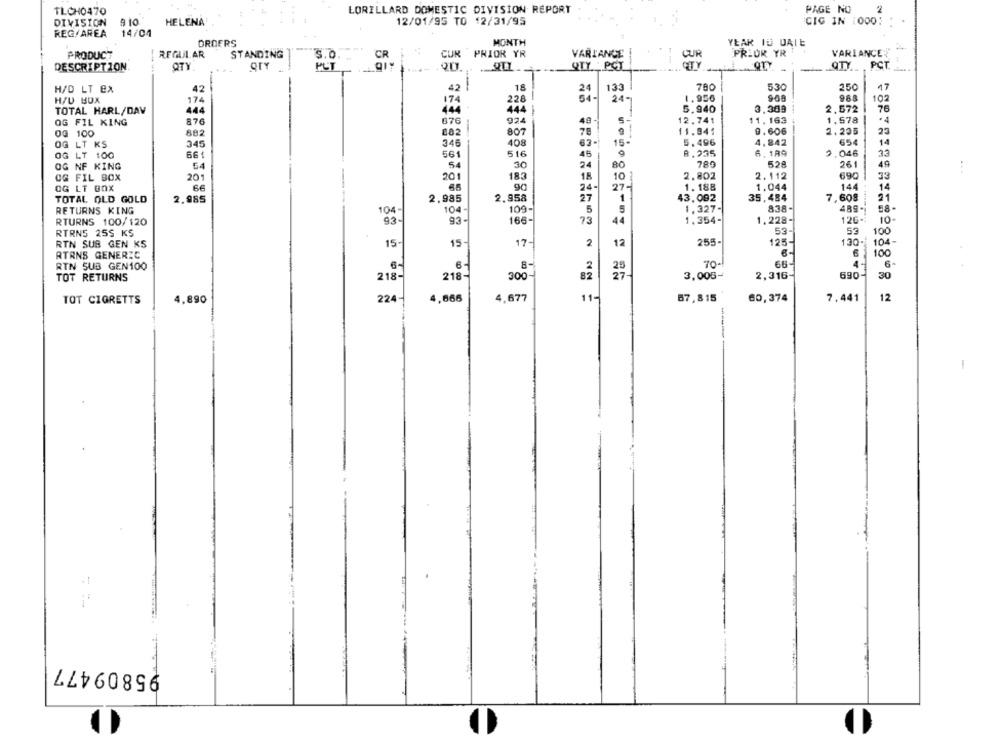
TLCH0470
LORILLARD DOMESTIC DIVISION REPORT
PAGE NO
2
DIVISION
910
HELENA
12/01/95 TO 12/31/95
CIG IN [000:
REG/AREA
14/04
ORDERS
MONTH
YEAR ID UALE
CUR PRIOR YR
VARIANCE
PRIOR YR
VARIANCE
PRODUCT
REGULAR
STANDING
3.0.
CUR
DESCRIPTION
QTY
OTY
QTY : PCT
---
CITY
OTY
PCT
H/D LT EX
42
18
24
133
780
5.30
250
17
54-
1.956
968
H/U BUX
174
228
24 -
102
TOTAL HARL/DAV
444
444
5.940
3.309
2.572
76
676
924
5
12,741
1,578
*4
OG FIL KING
876
40
11,163
OG 100
882
882
807
78
11.941
9.606
2.235
23
408
15-
5.496
4.842
654
14
OG LT KS
345
345
63-
OG LT 100
661
561
516
45
9
8.235
6.189
.046
33
5.4
54
30
789
528
261
49
OG NF KING
24
80
OG FIL BOX
201
201
183
18
10
2.802
2.112
690
33
OG LT BOX
66
90
144
14
24
27-
1.188
1.044
TOTAL OLD GOLD
2.985
2.985
2.958
27
43,092
35,484
7,608
21
104 -
109-
1,327-
838-
489-
RETURNS KING
104
5
RTURNS 100/120
93
93.
166-
73
1.354-
1.228-
126-
10-
53-
53
100
RTRNS 255 KS
RTN SUB GEN KS
15-
15-
17-
2
12
255-
125-
130-
104-
6
100
ATRNS GENERIC
RTN SUB GEN100
6
6-
8-
2
70-
66-
4.
218
300-
27 -
3,005-
2,316-
690-
30
TOT RETURNS
218-
82
12
TOT CIGRETTS
4,890
224-
4,666
4,677
11-
67,815
60,374
7,441
-
95809477